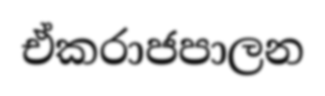
ඒකරාජපාලන